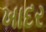
ખાદર